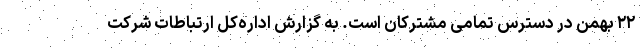
٢٢ بهمن در دسترس تمامی مشترکان است. به گزارش اداره‌کل ارتباطات شرکت